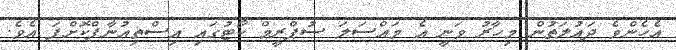
އެހެންވެ ދައުލަތުން މިހާރު ވަނީ އެ މައްސަލަ ސުޕްރީމް ކޯޓުގައި އިސްތިއުނާފްކޮށްފަ އެވެ.